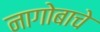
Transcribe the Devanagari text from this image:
नागोबाचे